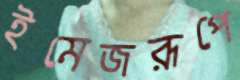
ইমেজরূপে